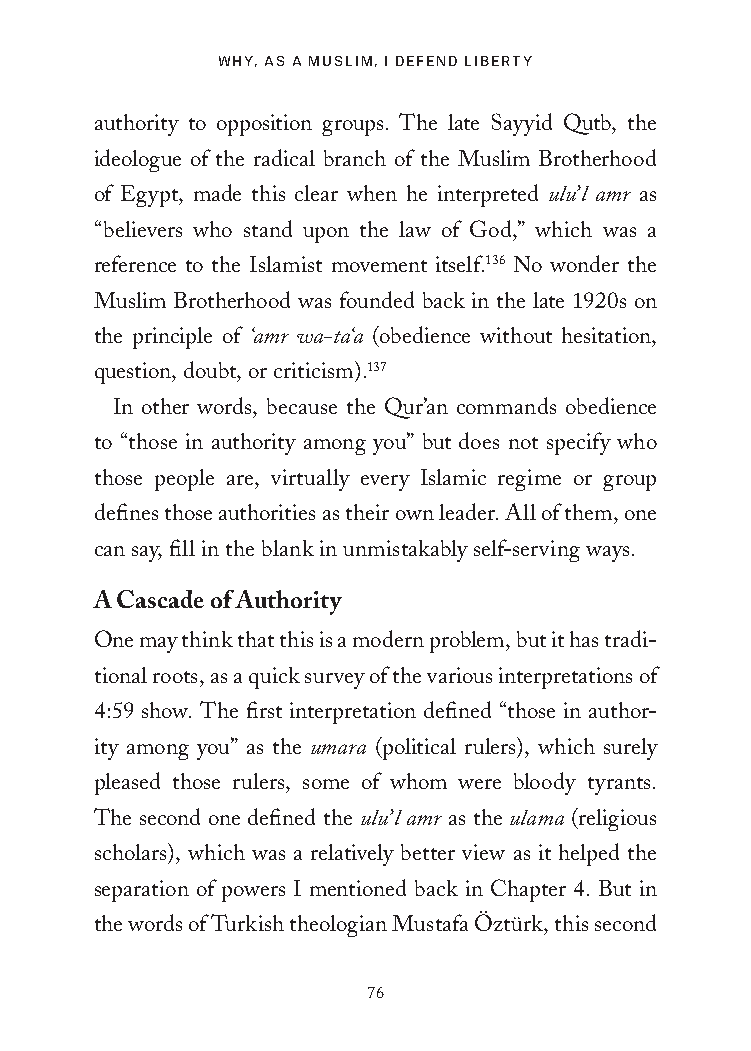
WHY, AS A MUSLIM, I DEFEND LIBERTY
 authority to opposition groups. The late Sayyid Qutb, the
 ideologue of the radical branch of the Muslim Brotherhood
 of Egypt, made this clear when he interpreted ulu’l amr as
 “believers who stand upon the law of God,” which was a
 reference to the Islamist movement itself.136 No wonder the
 Muslim Brotherhood was founded back in the late 1920s on
 the principle of ‘amr wa-ta‘a (obedience without hesitation,
 question, doubt, or criticism).137
 In other words, because the Qur’an commands obedience
 to “those in authority among you” but does not specify who
 those people are, virtually every Islamic regime or group
 defines those authorities as their own leader. All of them, one
 can say, fill in the blank in unmistakably self-serving ways.
 A Cascade of Authority
 One may think that this is a modern problem, but it has tradi-
 tional roots, as a quick survey of the various interpretations of
 4:59 show. The first interpretation defined “those in author-
 ity among you” as the umara (political rulers), which surely
 pleased those rulers, some of whom were bloody tyrants.
 The second one defined the ulu’l amr as the ulama (religious
 scholars), which was a relatively better view as it helped the
 separation of powers I mentioned back in Chapter 4. But in
 the words of Turkish theologian Mustafa Öztürk, this second
 76
 25320_Ch05.indd 76                      24/06/2021 9:09 AM